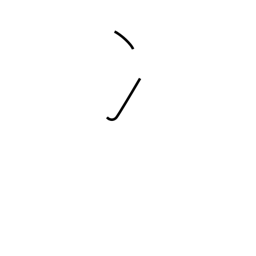
Meaning: two-stroke water radical or ice radical (no. 15)